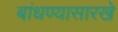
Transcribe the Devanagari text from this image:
बांधण्यासारखे